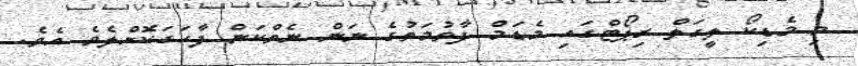
މި މެޑިކޯ ލީގަލް ރިޕޯޓްގައި މެޑަމް ފާތުމަތުގެ ނަން ނެތްކަން ފާހަގަކޮށްލެވެ އެވެ.